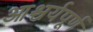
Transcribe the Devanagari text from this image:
आश्चर्यपूर्ण